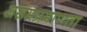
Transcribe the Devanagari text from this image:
असमप्रमाणता